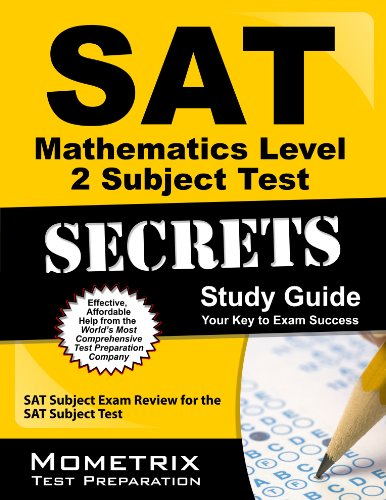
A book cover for SAT Mathematics Level 2 Subject Test Secrets Study Guide: SAT Subject Exam Review for the SAT Subject Test (Mometrix Secrets Study Guides); SAT Subject Exam Secrets Test Prep Team; Test Preparation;